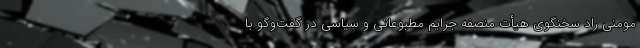
مومنی راد سخنگوی هیأت منصفه جرایم مطبوعاتی و سیاسی در گفت‌وگو با